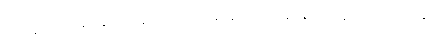
ဝေဒနာစိတ္တဓမ္မာနုပဿနာသတိပဋ္ဌာနာနိပိ၊ ဝေဒနာနုပဿနာ သတိပဋ္ဌာန်